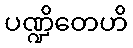
ပဏ္ဍိတေဟိ